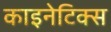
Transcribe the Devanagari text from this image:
काइनेटिक्स